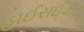
હાઈરાઈઝડ